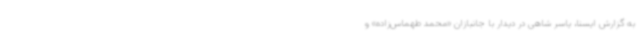
به گزارش ایسنا، یاسر شاهی در دیدار با جانبازان «محمد طهماس‌زاده» و